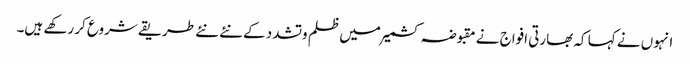
انہوں نے کہا کہ بھارتی افواج نے مقبوضہ کشمیر میں ظلم وتشدد کے نئے نئے طریقے شروع کر رکھے ہیں۔